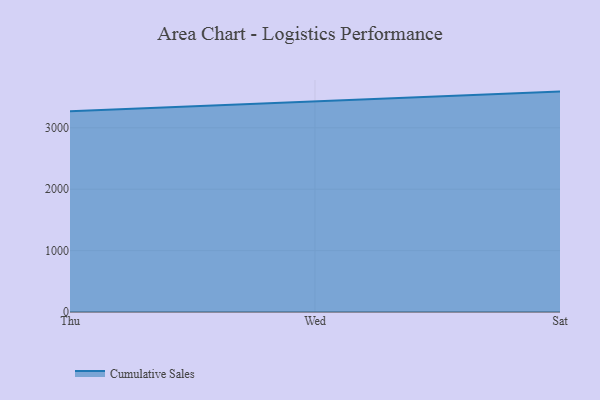
{"axis": {"x": "Day", "y": "Bounce Rate (%)"}, "legend": ["Cumulative Sales"], "data": [{"x": "Thu", "y": 3269.1, "type": "Cumulative Sales"}, {"x": "Wed", "y": 3432.5, "type": "Cumulative Sales"}, {"x": "Sat", "y": 3589.3, "type": "Cumulative Sales"}]}